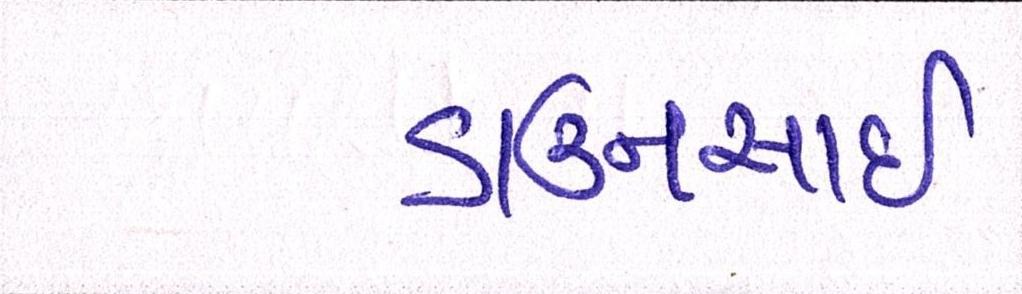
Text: ડાઉનસાઇ